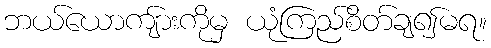
ဘယ်ယောကျ်ားကိုမှ ယုံကြည်စိတ်ချ၍မရ။